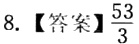
8.【答案】\(\frac{53}{3}\)